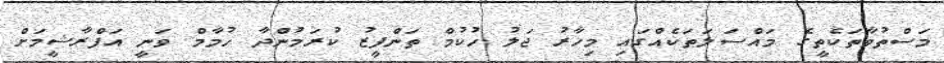
މަސްތުވާތަކެތީގެ މައްސަލަތަކެއްގައި މިހާރު ޖަލު ހުކުމް ތަންފީޒު ކުރަމުންދާ ހުމާމް ވަނީ އަފްރާޝީމަށް